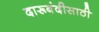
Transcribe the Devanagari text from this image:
दारूबंदीसाठी